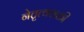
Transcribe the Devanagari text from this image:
नेतृत्वशक्ती